Indian journal of veterinary science and animal husbandry - Volume 7,
Year: 1937
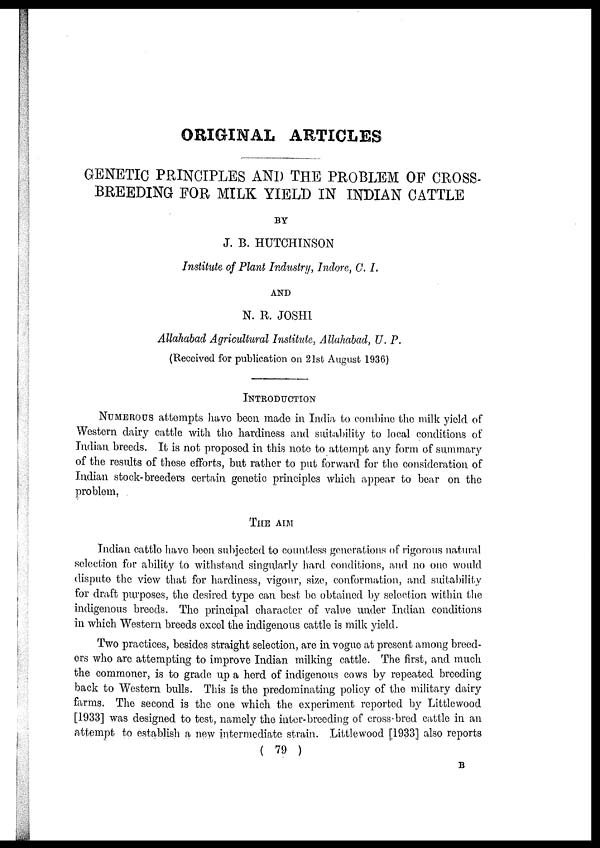
ORIGINAL ARTICLES
GENETIC PRINCIPLES AND THE PROBLEM OF CROSS¬
BREEDING FOR MILK YIELD IN INDIAN CATTLE
BY
J. B. HUTCHINSON
Institute of Plant Industry, Indore, C. I.
AND
N. R. JOSHI
Allahabad Agricultural Institute, Allahabad, U. P.
(Received for publication on 21st August 1936)
INTRODUCTION
NUMEROUS attempts have been made in India to combine the milk yield of
Western dairy cattle with the hardiness and suitability to local conditions of
Indian breeds. It is not proposed in this note to attempt any form of summary
of the results of these efforts, but rather to put forward for the consideration of
Indian stock-breeders certain genetic principles which appear to bear on the
problem,
THE AIM
Indian cattle have been subjected to countless generations of rigorous natural
selection for ability to withstand singularly hard conditions, and no one would
dispute the view that for hardiness, vigour, size, conformation, and suitability
for draft purposes, the desired type can best be obtained by selection within the
indigenous breeds. The principal character of value under Indian conditions
in which Western breeds excel the indigenous cattle is milk yield.
Two practices, besides straight selection, are in vogue at present among breed-
ers who are attempting to improve Indian milking cattle. The first, and much
the commoner, is to grade up a herd of indigenous cows by repeated breeding
back to Western bulls. This is the predominating policy of the military dairy
farms. The second is the one which the experiment reported by Littlewood
[1933] was designed to test, namely the inter-breeding of cross-bred cattle in an
attempt to establish a new intermediate strain. Littlewood [1933] also reports
( 79 )
B